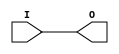
///////////////////////////////////////////////////////////////////////////////
// Copyright (c) 1995/2009 Xilinx, Inc.
// All Right Reserved.
///////////////////////////////////////////////////////////////////////////////
//   ____  ____
//  /   /\/   /
// /___/  \  /    Vendor : Xilinx
// \   \   \/     Version : 10.1
//  \   \         Description : Xilinx Functional Simulation Library Component
//  /   /                  Clock Buffer
// /___/   /\     Filename : AUTOBUF.v
// \   \  /  \    Timestamp : 
//  \___\/\___\
//
// Revision:
//    04/08/08 - Initial version.
//    12/13/11 - Added `celldefine and `endcelldefine (CR 524859).
// End Revision

`timescale  1 ps / 1 ps


`celldefine

module AUTOBUF (O, I);

    parameter BUFFER_TYPE = "AUTO";

`ifdef XIL_TIMING

    parameter LOC = "UNPLACED";

`endif

    
    output O;

    input  I;

    initial begin
	
	case (BUFFER_TYPE)
	    "AUTO" : ;
	    "BUF" : ;
	    "BUFG" : ;
	    "BUFGP" : ;
	    "BUFH" : ;
	    "BUFIO" : ;
	    "BUFIO2" : ;
	    "BUFIO2FB" : ;
	    "BUFR" : ;
	    "IBUF" : ;
	    "IBUFG" : ;
	    "NONE" : ;
	    "OBUF" : ;
	    default : begin
		$display("Attribute Syntax Error : The Attribute BUFFER_TYPE on AUTOBUF instance %m is set to %s.  Legal values for this attribute are AUTO, BUF, BUFG, BUFGP, BUFH, BUFIO, BUFIO2, BUFIO2FB, BUFR, IBUF, IBUFG, NONE, and OBUF.", BUFFER_TYPE);
	    end
	endcase
	
    end

    buf B1 (O, I);
    
`ifdef XIL_TIMING

    specify

	(I => O) = (0:0:0, 0:0:0);
	specparam PATHPULSE$ = 0;
	
    endspecify

`endif
    
endmodule

`endcelldefine